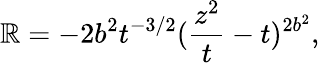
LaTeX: {\cal\mathbb{R}}=-2b^{2}t^{-3/2}(\frac{{z^{2}}}{{t}}-t)^{2b^{2}},